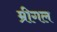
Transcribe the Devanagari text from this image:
म्रीगल